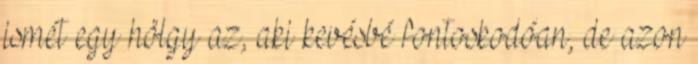
ismét egy hölgy az, aki kevésbé fontoskodóan, de azon